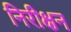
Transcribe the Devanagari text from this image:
निरीक्षन